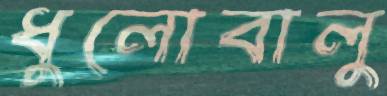
ধুলোবালু